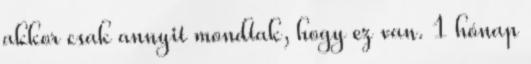
akkor csak annyit mondtak, hogy ez van. 1 hónap